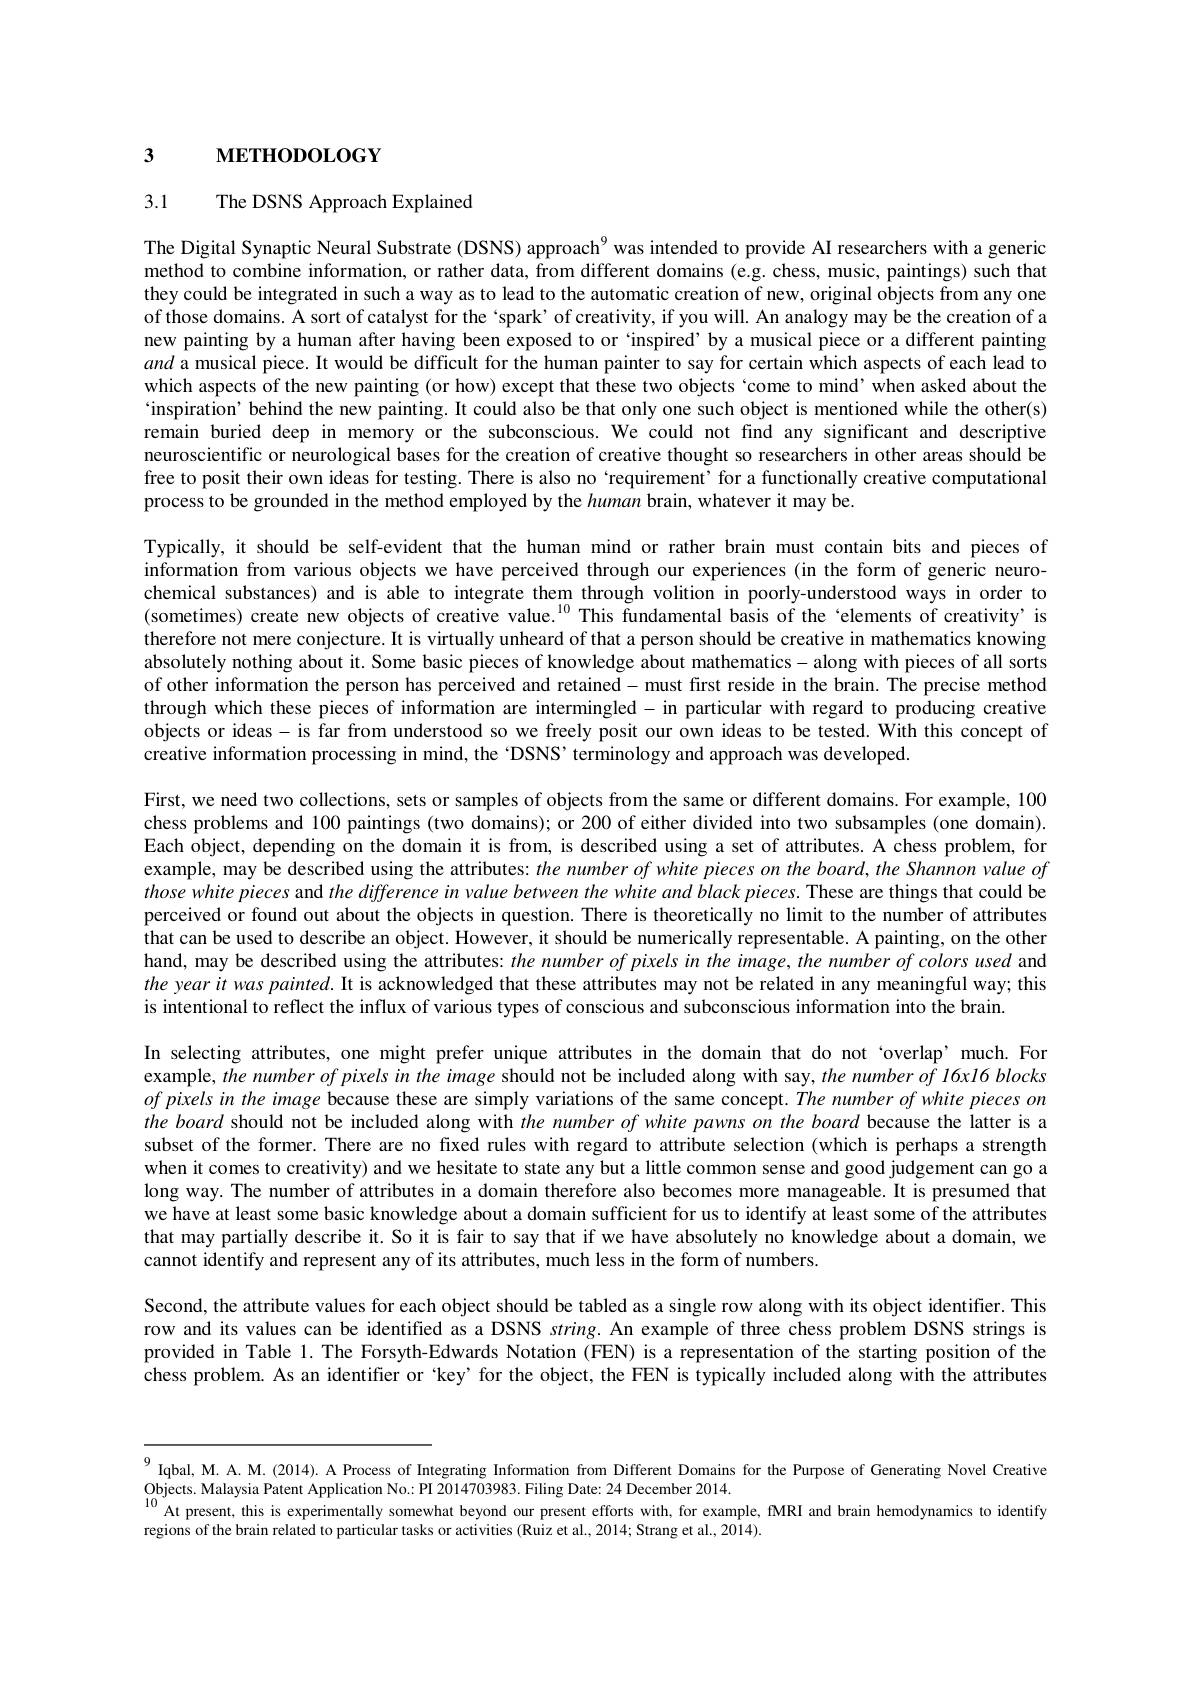
$\mathbf{METHODOLOGY}$

3

3.1

The DSNS Approach Explained

The Digital Synaptic Neural Substrate (DSNS) approach$^{9}$ was intended to provide AI researchers with a generic they could be integrated in such a way as to lead to the automatic creation of new, original objects from any one of those domains. A sort of catalyst for the `spark' of creativity, if you will. An analogy may be the creation of a new painting by a human after having been exposed to or `inspired’by a musical piece or a different painting and a musical piece. It would be difficult for the human painter to say for certain which aspects of each lead to which aspects of the new painting (or how) except that these two objects `come to mind’when asked about the `inspiration’ behind the new painting. It could also be that only one such object is mentioned while the other(s) remain buried deep in memory or the subconscious. We could not find any significant and descriptive neuroscientific or neurological bases for the creation of creative thought so researchers in other areas should be free to posit their own ideas for testing. There is also no `requirement' for a functionally creative computational process to be grounded in the method employed by the human brain, whatever it may be.

Typically, it should be self-evident that the human mind or rather brain must contain bits and pieces of information from various objects we have perceived through our experiences (in the form of generic neurochemical substances) and is able to integrate them through volition in poorly-understood ways in order to (sometimes) create new objects of creative value.$^{10}$This fundamental basis of the `elements of creativity' is therefore not mere conjecture. It is virtually unheard of that a person should be creative in mathematics knowing absolutely nothing about it. Some basic pieces of knowledge about mathematics - along with pieces of all sorts of other information the person has perceived and retained - must first reside in the brain. The precise method through which these pieces of information are intermingled - in particular with regard to producing creative objects or ideas- is far from understood so we freely posit our own ideas to be tested. With this concept of creative information processing in mind, the 'DSNS' terminology and approach was developed

First, we need two collections, sets or samples of objects from the same or different domains. For example, 100 chess problems and 100 paintings (two domains); or 200 of either divided into two subsamples (one domain) Each object, depending on the domain it is from, is described using a set of attributes. A chess problem, for example, may be described using the attributes: the number of white pieces on the board, the Shannon value of those white pieces and the difference in value between the white and black pieces. These are things that could be perceived or found out about the objects in question. There is theoretically no limit to the number of attributes that can be used to describe an object. However, it should be numerically representable. A painting, on the other hand, may be described using the attributes: the number of pixels in the image, the number of colors used and the year it was painted. It is acknowledged that these attributes may not be related in any meaningful way; this is intentional to reflect the influx of various types of conscious and subconscious information into the brain.

In selecting attributes, one might prefer unique attributes in the domain that do not `overlap’much. For example, the number of pixels in the image should not be included along with say, the number of 16x16 blocks ofpixelsin the image because these are simply variations of the same concept. The number of white pieces on the board should not be included along with the number of white pawns on the board because the latter is a subset of the former. There are no fixed rules with regard to attribute selection (which is perhaps a strength when it comes to creativity) and we hesitate to state any but a little common sense and good judgement can go a long way. The number of attributes in a domain therefore also becomes more manageable. It is presumed that we have at least some basic knowledge about a domain sufficient for us to identify at least some of the attributes that may partially describe it. So it is fair to say that if we have absolutely no knowledge about a domain, we cannot identify and represent any of its attributes, much less in the form of numbers

Second, the attribute values for each object should be tabled as a single row along with its object identifier. This row and its values can be identified as a DSNS string. An example of three chess problem DSNS strings is provided in Table 1. The Forsyth-Edwards Notation (FEN) is a representation of the starting position of the chess problem. As an identifier or key' for the object, the FEN is typically included along with the attributes

$^{9}$Iqbal, M. A. M. (2014). A Process of Integrating Information from Different Domains for the Purpose of Generating Novel Creative Objects. Malaysia Patent Application No.: PI 2014703983. Fling Date: 24 December $2014._{10}^{10}$At present, this is experimentally somewhat beyond our present efforts with, for example, MRI and brain hemodynamics to identify regions of the brain related to particular tasks or activities (Ruiz et al., 2014; Strang et al., 2014)